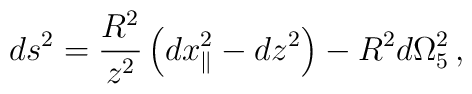
ds^2 = \frac{R^2}{z^2}\left(dx_{\parallel}^2 -dz^2\right) -R^2 d\Omega_5^2\, ,